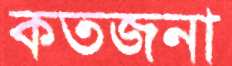
কতজনা